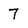
Character: 7